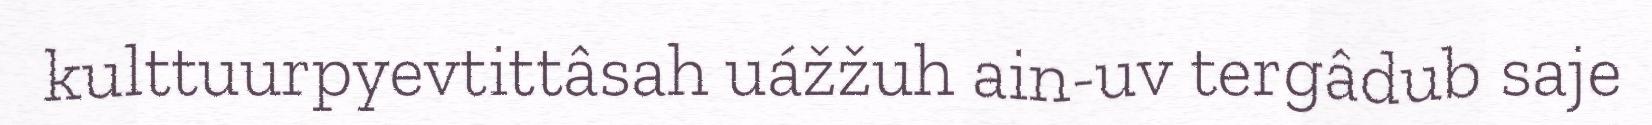
kulttuurpyevtittâsah uážžuh ain-uv tergâdub saje